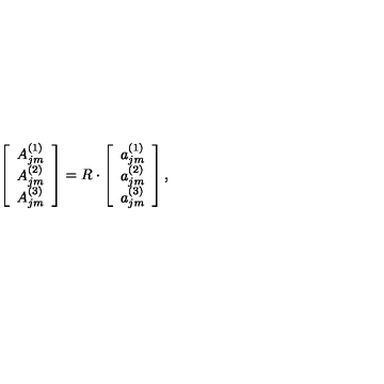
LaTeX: \left[ \begin{array} { c } { A _ { j m } ^ { ( 1 ) } } \\ { A _ { j m } ^ { ( 2 ) } } \\ { A _ { j m } ^ { ( 3 ) } } \\ \end{array} \right] = R \cdot \left[ \begin{array} { c } { a _ { j m } ^ { ( 1 ) } } \\ { a _ { j m } ^ { ( 2 ) } } \\ { a _ { j m } ^ { ( 3 ) } } \\ \end{array} \right] ,